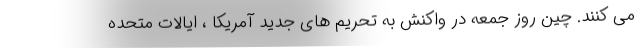
می کنند. چین روز جمعه در واکنش به تحریم های جدید آمریکا ، ایالات متحده